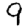
Digit: 9